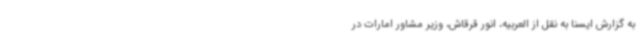
به گزارش ایسنا به نقل از العربیه، انور قرقاش، وزیر مشاور امارات در